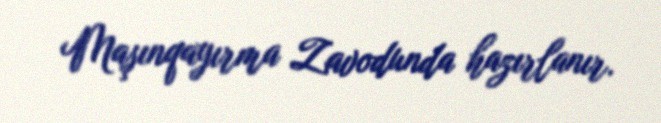
Maşınqayırma Zavodunda hazırlanır.